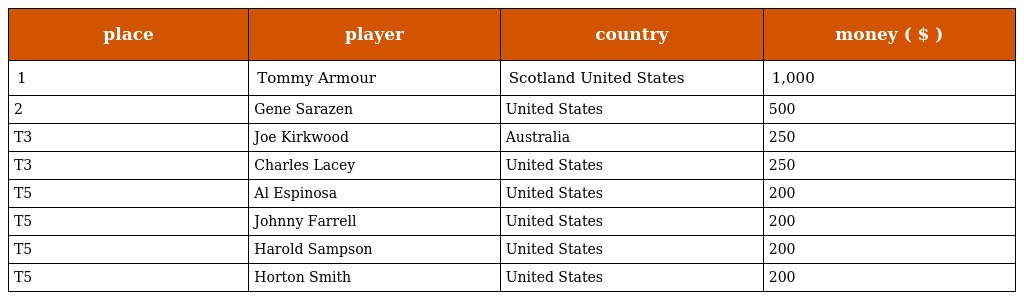
| place | player | country | money ( $ ) |
 | --- | --- | --- | --- |
 | 1 | Tommy Armour | Scotland United States | 1,000 |
 | 2 | Gene Sarazen | United States | 500 |
 | T3 | Joe Kirkwood | Australia | 250 |
 | T3 | Charles Lacey | United States | 250 |
 | T5 | Al Espinosa | United States | 200 |
 | T5 | Johnny Farrell | United States | 200 |
 | T5 | Harold Sampson | United States | 200 |
 | T5 | Horton Smith | United States | 200 |